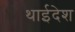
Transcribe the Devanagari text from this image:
थाईदेश